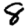
Digit: 8